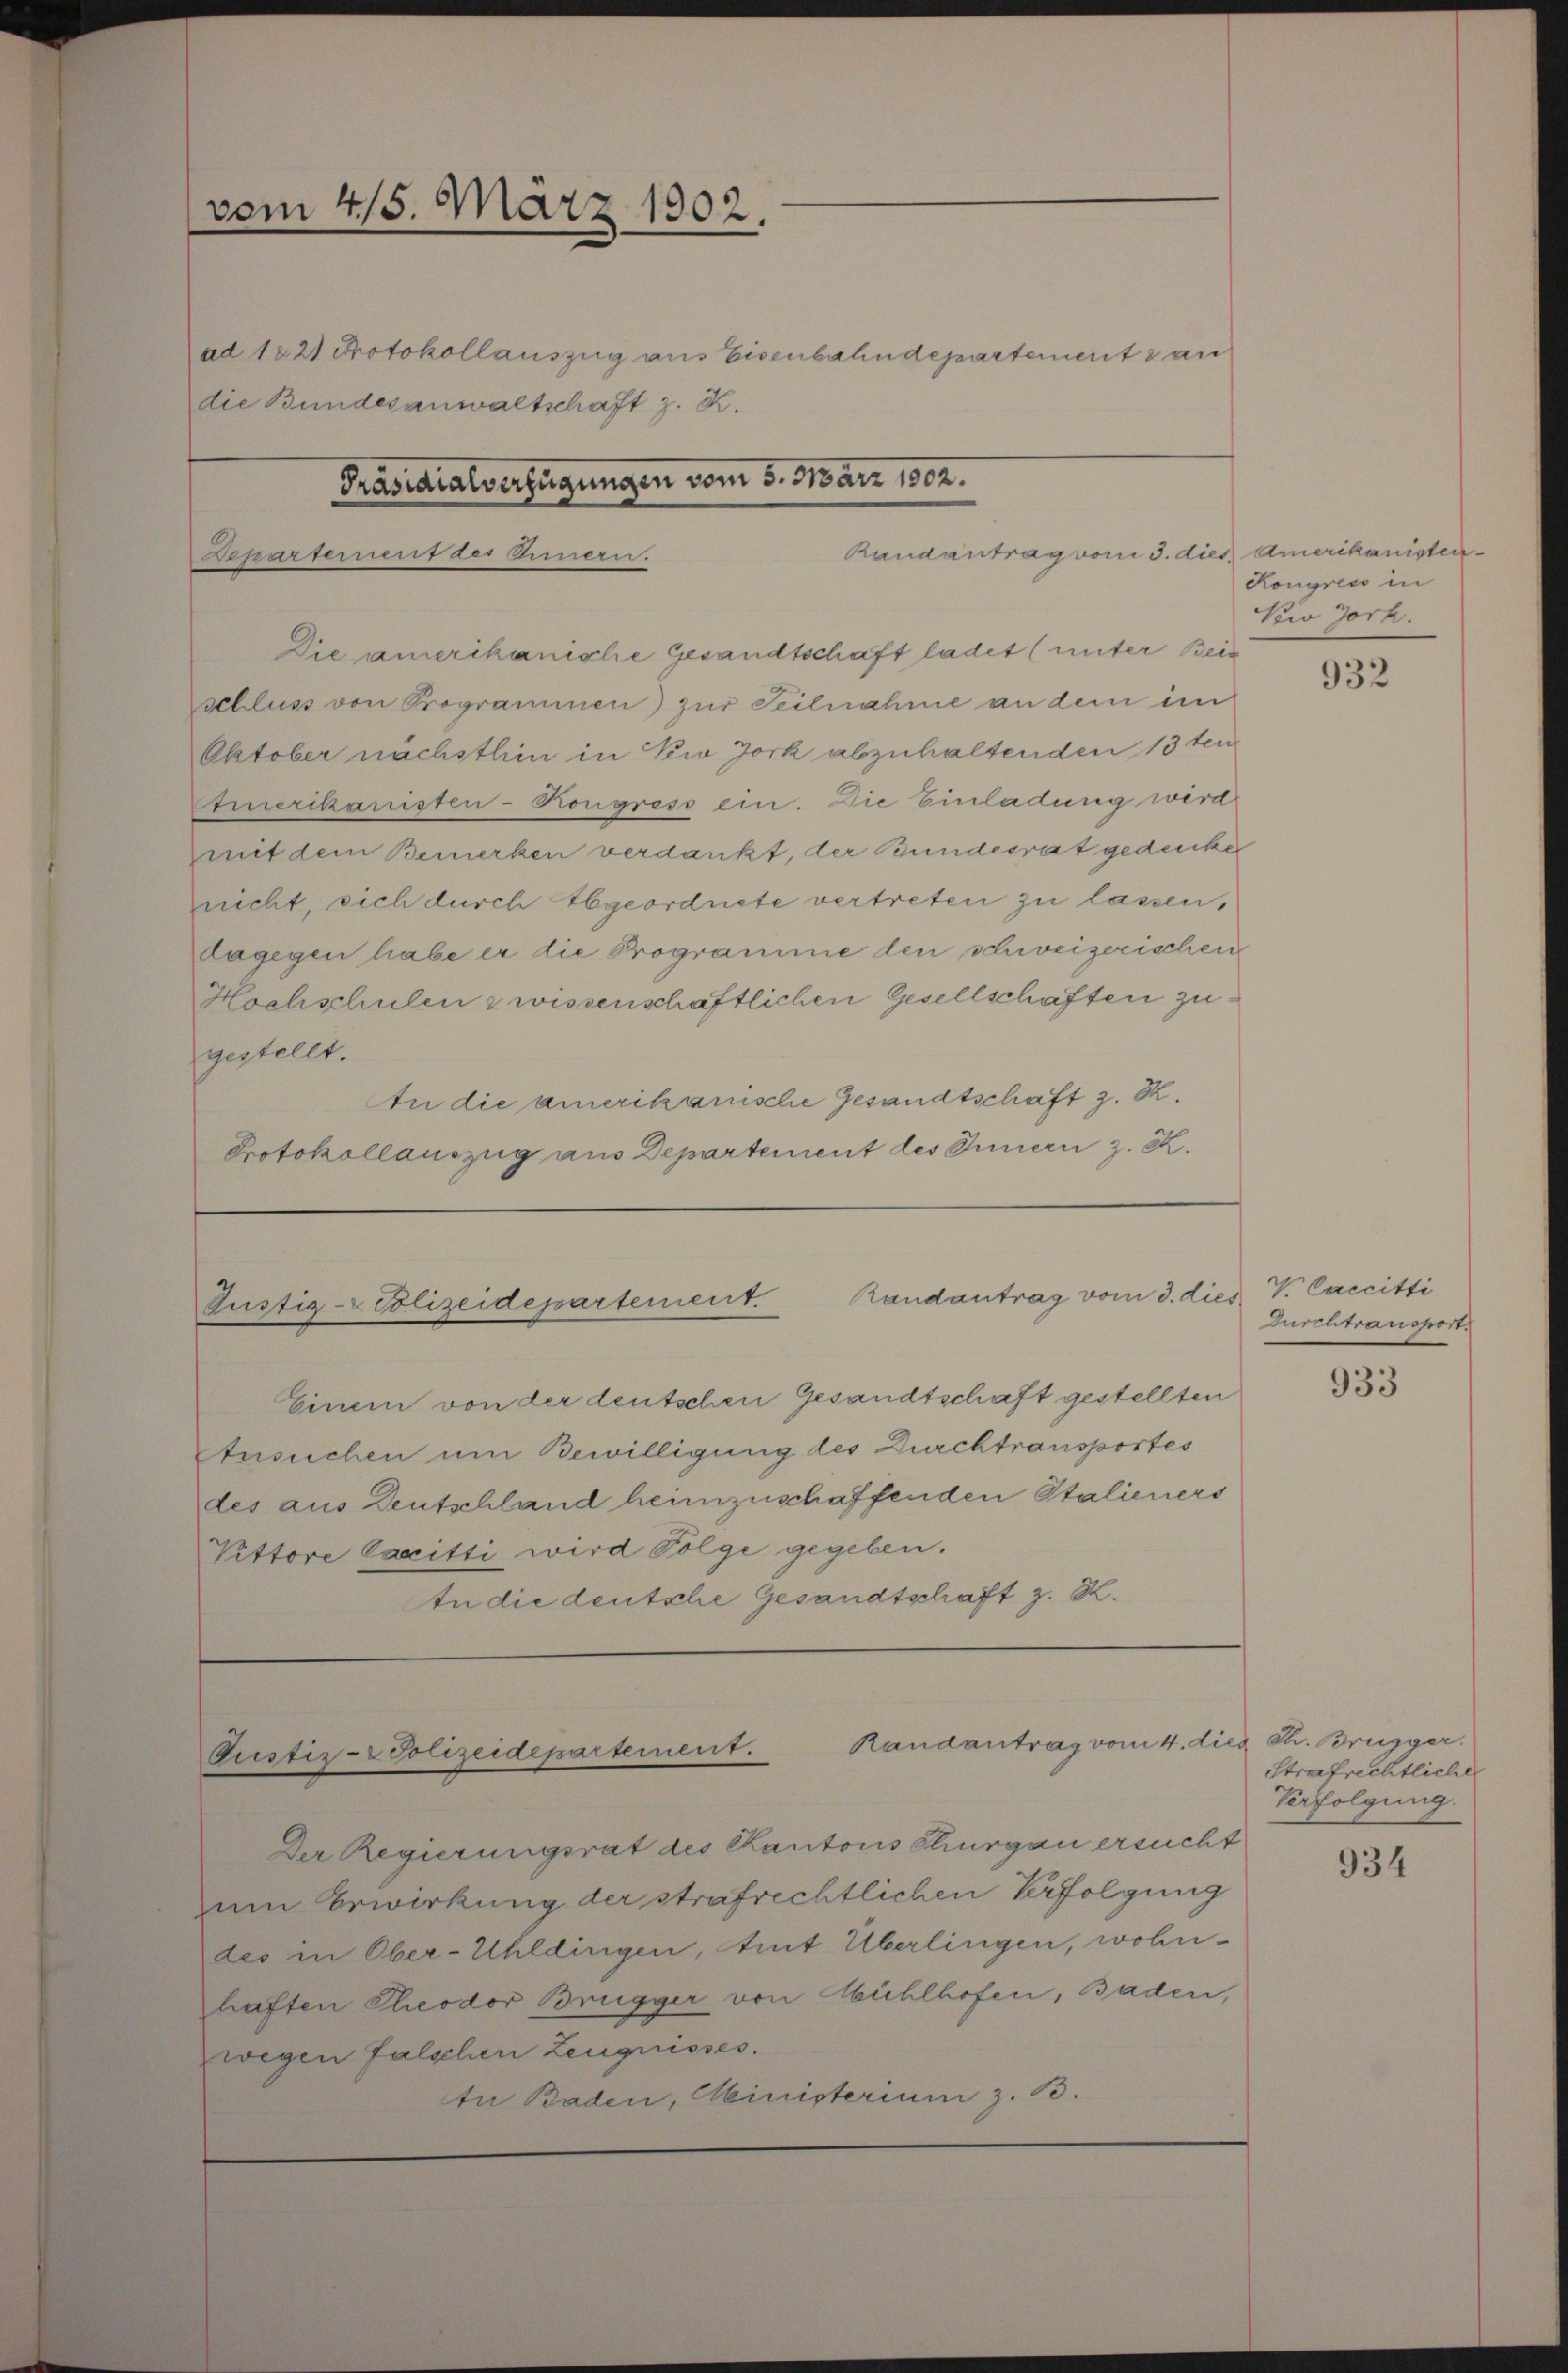
vom 415. März 1902.
ad 1821 Protokollauszug aus Eisenbahndepartements an
die Bundesanwaltschaft z. K.
Präsidialverfügungen vom 5. März 1802.
Departernent des Innern.

Randantrag vom 3. dies Amerikanisten.

Die amerikanische Gesandtschaft ladet (unter Bein
schluss von Programmen) zur Teilnahme an dem im
Oktober nächsthin in New Jork abzuhaltenden 13ten
Etmerikanisten-Kongress ein. Die Einladung wird
mit dem Bemerken verdankt, der Bundesrat gedenke
nicht, sich durch Abgeordnete vertreten zu lassen,
dagegen habe er die Programme den schweizerischen
Hochschulen zwissenschaftlichen Gesellschaften zu
gestellt.
An die amerikanische Gesandtschaft z. B.
Protokollauszug aus Departement des Innern z. Z.

Randantrag vom 3. dies V. Caccitti
Justiz-Polizeidepartement

Randantrag vom 4. dies Ch. Brugger.
Pustiz-Polizeidepartement.

Einem von der deutschen Gesandtschaft gestellten
Ansuchen um Bewilligung des Durchtransportes
des aus Deutschland heimzuschaffenden Stalieners
Vittore Capitti wird Folge gegeben.
In die deutsche Gesandtschaft z. Z.

Kongress in
Vew Jork.

Der Regierungsrat des Kantons Thurgau ersucht
um Erwirkung der strafrechtlichen Verfolgung
des in Ober-Uhldingen, mit Überlingen, wohn-
haften Theodor Brugger von Mühlhofen, Baden,
wegen falschen Zeugnisses.
tn Baden, Ministerium z. B.

932

Durchtransport.

933

Strafrechtliche
Verfolgung.

934